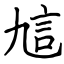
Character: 訄